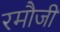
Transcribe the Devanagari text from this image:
रमौजी